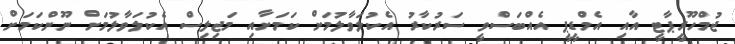
ޖުމްހޫރީޕާޓީ އާއި އެމްޑީޕީ އެއްބަސްވީ ސަރުކާރު އެކުލަވާލުމަށް ކަމަށާއި މަޖިލިސް އެކުލަވާލުމަށް ނޫންކަމަށް